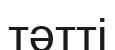
тәтті